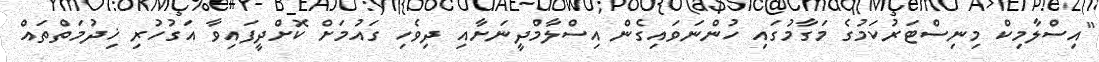
"އިސްލާމިކް މިނިސްޓަރުކަމުގެ މަގާމުގައި ހުންނަވައިގެން އިސްލާމްދީނަށާއި ދިވެހި ގައުމަށް ކޮށްދީފައިވާ އަގުހުރި ޚިދުމަތްތައް